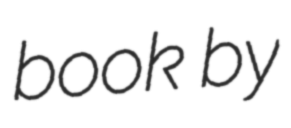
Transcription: book by